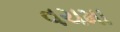
વચમા